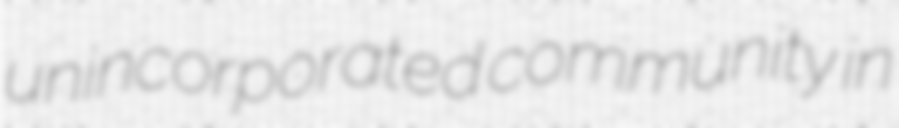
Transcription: unincorporated community in